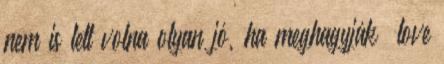
nem is lett volna olyan jó, ha meghagyják “love